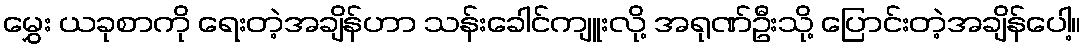
မွှေး ယခုစာကို ရေးတဲ့အချိန်ဟာ သန်းခေါင်ကျူးလို့ အရုဏ်ဦးသို့ ပြောင်းတဲ့အချိန်ပေါ့။